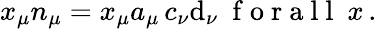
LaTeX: x_{\mu}n_{\mu}=x_{\mu}a_{\mu}\, c_{\nu}\mathrm{d}_{\nu}\mathrm{{~\ f~o~r~a~l~l~\ }}x\, .